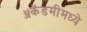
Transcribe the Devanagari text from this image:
ॲकॅडमीमध्ये